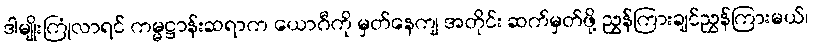
ဒါမျိုးကြုံလာရင် ကမ္မဋ္ဌာန်းဆရာက ယောဂီကို မှတ်နေကျ အတိုင်း ဆက်မှတ်ဖို့ ညွှန်ကြားချင်ညွှန်ကြားမယ်၊